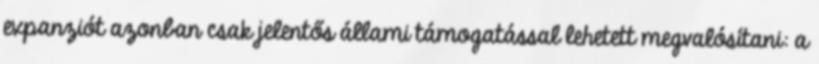
expanziót azonban csak jelentős állami támogatással lehetett megvalósítani: a